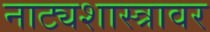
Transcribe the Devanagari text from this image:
नाट्यशास्त्रावर